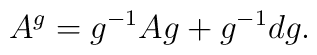
A^{g} = g^{-1} A g +g^{-1}dg.